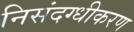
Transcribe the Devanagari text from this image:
निसंदग्धीकरण